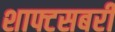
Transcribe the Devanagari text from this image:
शाफ्टसबरी